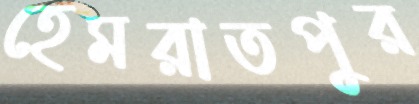
হেমরাতপুর